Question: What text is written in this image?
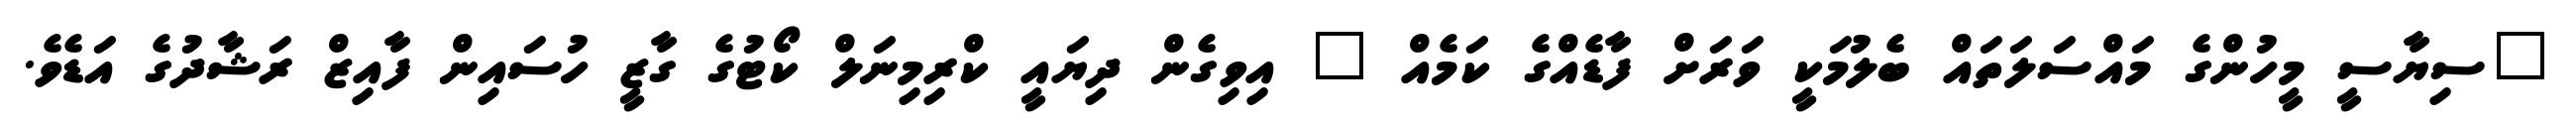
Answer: "ސިޔާސީ މީހުންގެ މައްސަލަތައް ބެލުމަކީ ވަރަށް ފާޑެއްގެ ކަމެއް " އިވިގެން ދިޔައީ ކްރިމިނަލް ކޯޓުގެ ގާޒީ ހުސައިން ފާއިޒް ރަޝާދުގެ އަޑެވެ.